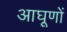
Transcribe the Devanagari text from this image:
आघूणों